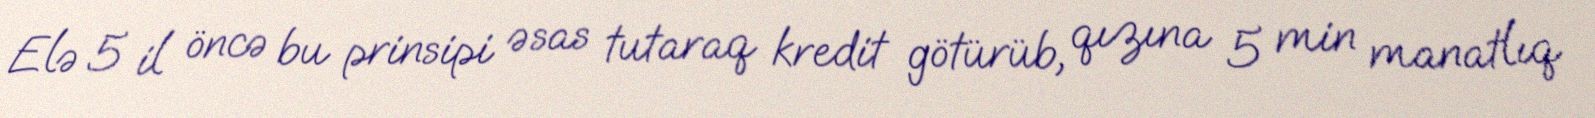
Elə 5 il öncə bu prinsipi əsas tutaraq kredit götürüb, qızına 5 min manatlıq